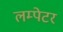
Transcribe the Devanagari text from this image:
लम्पेटर